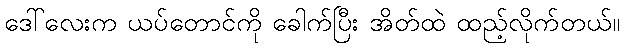
ဒေါ်လေးက ယပ်တောင်ကို ခေါက်ပြီး အိတ်ထဲ ထည့်လိုက်တယ်။